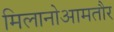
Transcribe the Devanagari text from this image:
मिलानोआमतौर